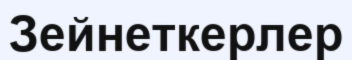
Зейнеткерлер